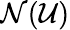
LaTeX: \mathcal{N}({\mathcal{{U}}})